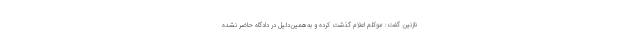
نازنین گفت: موکلم اعلام گذشت کرده و به‌همین‌دلیل در دادگاه حاضر نشده